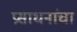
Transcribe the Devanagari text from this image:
प्रसाधनांचा